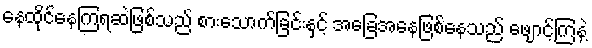
နေထိုင်နေကြရဆဲဖြစ်သည် စားသောက်ခြင်းနှင့် အခြေအနေဖြစ်နေသည် ဖျောင့်ကြနဲ့